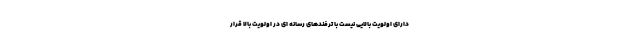
دارای اولویت بالایی نیست با ترفندهای رسانه ای در اولویت بالا قرار